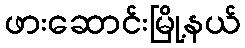
ဖားဆောင်းမြို့နယ်